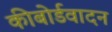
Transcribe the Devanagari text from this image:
कीबोर्डवादन